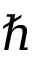
\hbar